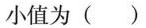
小值为()